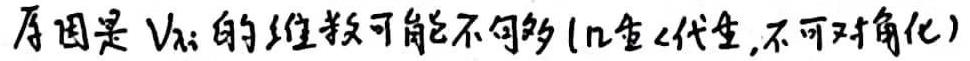
原因是 $V_{\lambda_i}$ 的维数可能不够多 ($n_{重}<代_{重}$, 不可对角化)